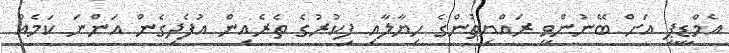
އެމްޑީޕީ އަށް ބޭނުންވީ ރައްޔިތުންގެ ހިޔާލާއި ފިކުރުގެ ތެރެއިން އުފެދިގެން އަންނަ ކަމެއް